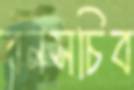
বনসচিব